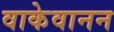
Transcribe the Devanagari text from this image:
वाकेवानन